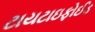
ટાયટાઇફોઈડ